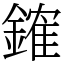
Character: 䥃